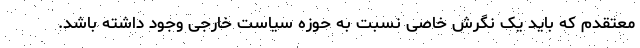
معتقدم که باید یک نگرش خاصی نسبت به حوزه سیاست خارجی وجود داشته باشد.